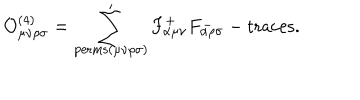
{ \cal O } _ { \mu \nu \rho \sigma } ^ { ( 4 ) } = \sum _ { \mathrm { p e r m s } ( \mu \nu \rho \sigma ) } ^ { \prime } F _ { \alpha \mu \nu } ^ { + } F _ { \alpha \rho \sigma } ^ { - } - \mathrm { t r a c e s } .